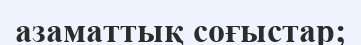
азаматтық соғыстар;